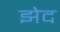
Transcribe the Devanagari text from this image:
झेद